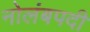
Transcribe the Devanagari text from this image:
नोलंबपदी